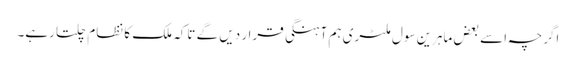
اگرچہ اسے بعض ماہرین سول ملٹری ہم آہنگی قرار دیں گے تاکہ ملک کا نظام چلتا رہے۔